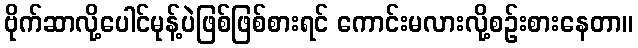
ဗိုက်ဆာလို့ပေါင်မုန့်ပဲဖြစ်ဖြစ်စားရင် ကောင်းမလားလို့စဉ်းစားနေတာ။